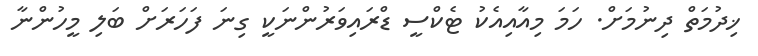
ޚިދުމަތް ދިނުމަށް. ހަމަ މިއާއިއެކު ޓެކްސީ ޑްރައިވަރުންނަކީ ގިނަ ފަހަރަށް ބަލި މީހުންނާ